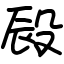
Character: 㲀